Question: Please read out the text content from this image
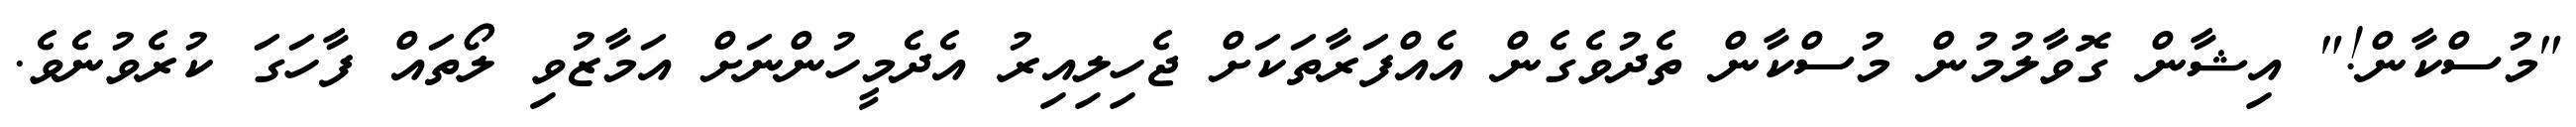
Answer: "މުސްކާން!" އިޝާން ގޮވާލުމުން މުސްކާން ތެދުވެގެން އެއްފަރާތަކަށް ޖެހިލިއިރު އެދެމީހުންނަށް އަމާޒުވި ލޯތައް ފާހަގަ ކުރެވުނެވެ.